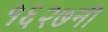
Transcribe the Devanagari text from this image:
१६२७नी